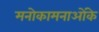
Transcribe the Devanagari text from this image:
मनोकामनाओंके